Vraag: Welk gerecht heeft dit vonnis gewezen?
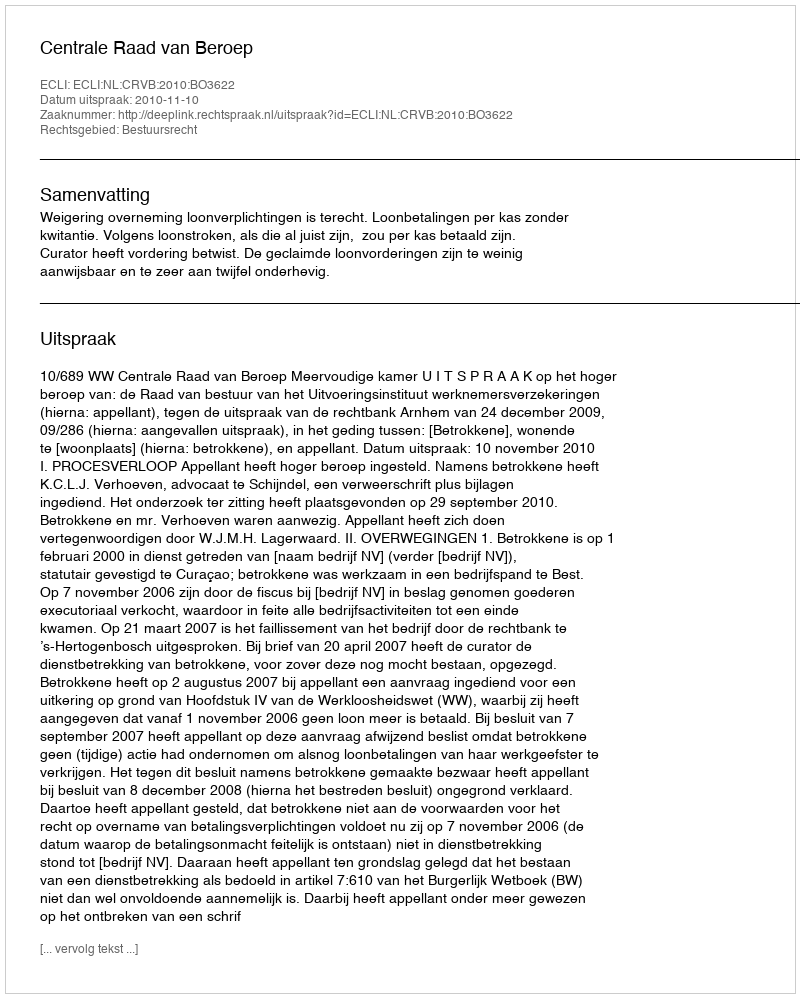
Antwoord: Centrale Raad van Beroep